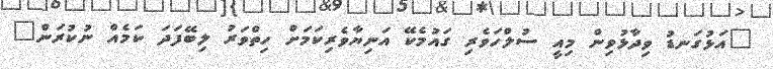
"އަޅުގަނޑު ވިދާޅުވިން މިއީ ސުލްހަވެރި ގައުމެކޭ އަނިޔާވެރިކަމަށް ހިތްވަރު ލިބޭފަދަ ކަމެއް ނުކުރަން"